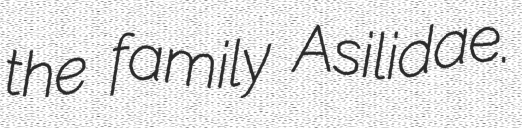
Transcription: the family Asilidae.